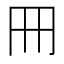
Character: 𠕁